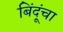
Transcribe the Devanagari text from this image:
बिंदूंचा